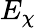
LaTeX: E_{\chi}